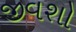
જીવશો